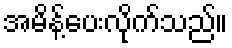
အမိန့်ပေးလိုက်သည်။